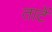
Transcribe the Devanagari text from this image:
ताटें